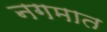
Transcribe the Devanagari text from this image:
नगमात